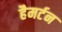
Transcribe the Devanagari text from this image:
हैमर्टन